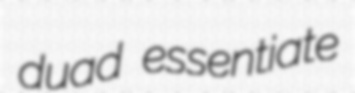
duad essentiate